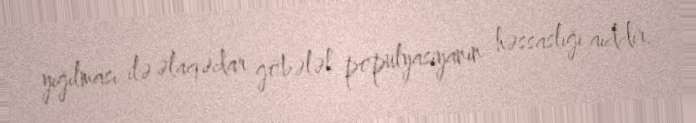
yığılması ilə əlaqədar göbələk populyasiyanın həssaslığı aiddir.